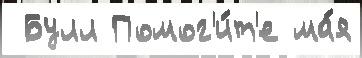
 Булл Помог'и́т'е ма́я